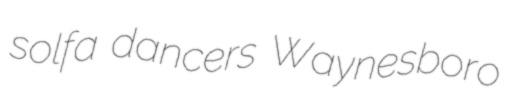
solfa dancers Waynesboro